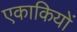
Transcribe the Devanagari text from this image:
एकाकियों